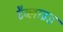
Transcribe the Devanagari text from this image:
टैब्लाइड